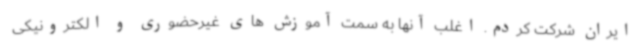
ایران شرکت کردم. اغلب آنها به سمت آموزش های غیرحضوری و الکترونیکی